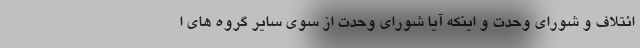
ائتلاف و شورای وحدت و اینکه آیا شورای وحدت از سوی سایر گروه های ا